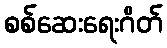
စစ်ဆေးရေးဂိတ်